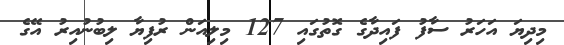
މިދިޔަ އަހަރު ސާފު ފައިދާގެ ގޮތުގައި 127 މިލިއަން ރުފިޔާ ލިބުނުއިރު އޭގެ